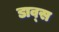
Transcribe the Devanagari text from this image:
डाव्स